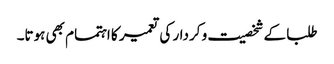
طلبا کے شخصیت و کردار کی تعمیر کا اہتمام بھی ہوتا۔